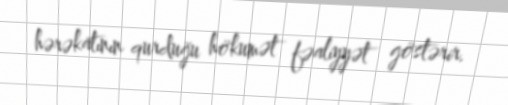
hərəkatının qurduğu hökumət fəaliyyət göstərir.